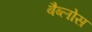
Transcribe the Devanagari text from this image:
बैब्लोस